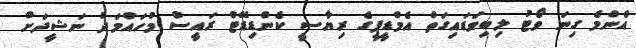
އެންމެ ގިނަ ވޯޓު ލިބިވަޑައިގަތް އެމްޑީޕީގެ ރިޔާސީ ކެންޑިޑޭޓް ރައީސް މުހައްމަދު ނަޝީދަށް